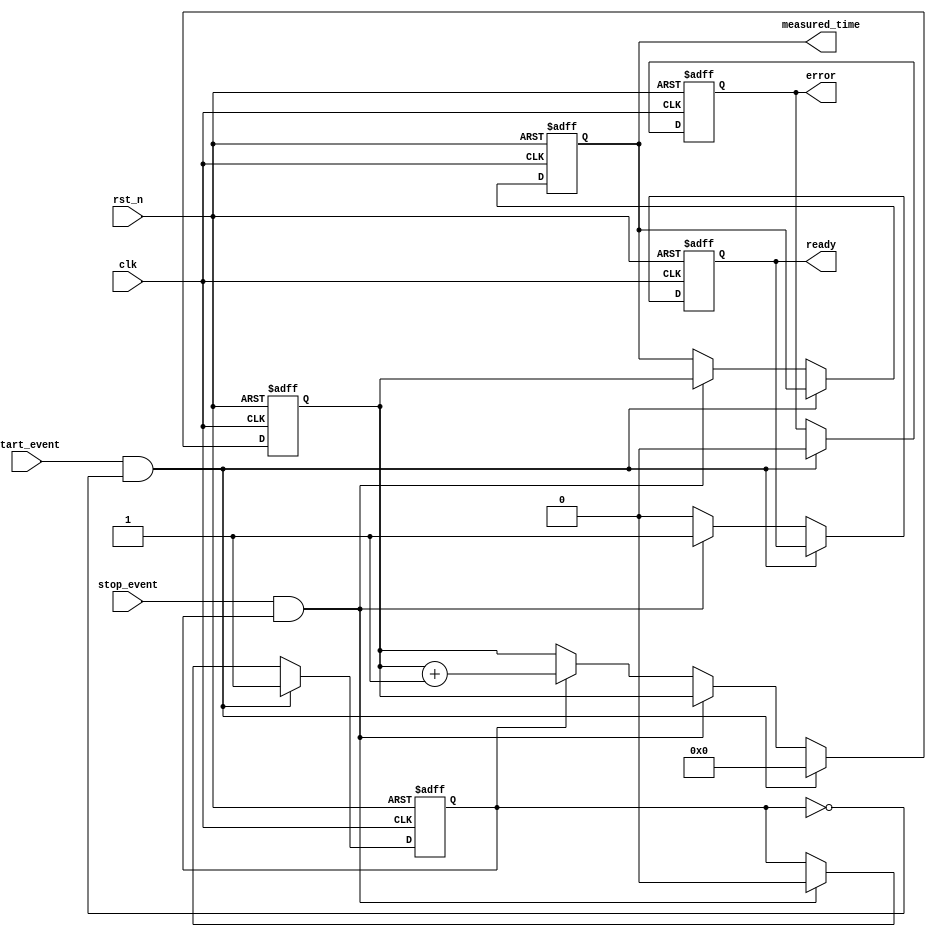
module tdc (
    input wire clk,                  // Main clock
    input wire rst_n,                // Asynchronous reset (active low)
    input wire start_event,          // Start event signal
    input wire stop_event,           // Stop event signal
    output reg [31:0] measured_time, // Measured time output
    output reg ready,                // Output ready signal
    output reg error                 // Error indication
);

// Parameters
parameter MAX_ENTRIES = 16; // Maximum number of entries in memory
parameter TIME_RESOLUTION = 1; // Time resolution in ns (customize as needed)

// Internal signals
reg [31:0] time_counter;          // Time measurement counter
reg [31:0] memory [0:MAX_ENTRIES-1]; // Memory block for storing measurements
reg [3:0] write_ptr;              // Write pointer for memory
reg measuring;                    // Indicate whether measuring or not

// Control Logic
always @(posedge clk or negedge rst_n) begin
    if (!rst_n) begin
        ready <= 0;
        measured_time <= 0;
        error <= 0;
        time_counter <= 0;
        write_ptr <= 0;
        measuring <= 0;
    end else begin
        if (start_event && !measuring) begin
            // Start measurement
            measuring <= 1;
            time_counter <= 0; // Reset counter
            error <= 0; // Clear error
        end else if (stop_event && measuring) begin
            // Stop measurement
            measuring <= 0;
            measured_time <= time_counter; // Capture measured time
            memory[write_ptr] <= measured_time; // Store in memory
            write_ptr <= (write_ptr + 1) % MAX_ENTRIES; // Circular buffer
            ready <= 1; // Indicate output is ready
        end else begin
            // Keep measuring, increment time counter
            if (measuring) begin
                time_counter <= time_counter + TIME_RESOLUTION; // Increment counter
            end
            
            // Clear ready signal if read
            if (ready) begin
                ready <= 0; // Not ready until next measurement
            end
        end
    end
end

endmodule